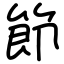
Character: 節